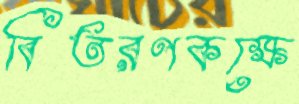
বিতরণকক্ষে